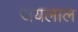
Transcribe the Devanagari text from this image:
जयलाल